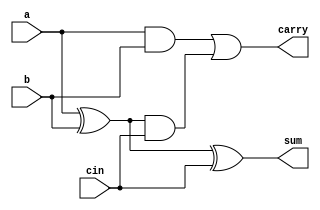
// Design a 8-bit ripple carry adder using two 4-bit ripple carry adders.

module full_adder(output sum, carry,
                  input a,b,cin);
wire pre_s, pre_c_0, pre_c_1;

xor (pre_s, a ,b);
and (pre_c_0, a, b);
xor (sum, pre_s, cin);
and (pre_c_1, pre_s, cin);
or (carry, pre_c_0, pre_c_1);
endmodule

module adder_4(output [3:0]sum,
               output carry,
               input [3:0] a,b,
               input cin);

wire [2:0] temp_carry;

full_adder f0(sum[0],temp_carry[0],a[0],b[0],cin);
full_adder f2(sum[1],temp_carry[1],a[1],b[1],temp_carry[0]);
full_adder f3(sum[2],temp_carry[2],a[2],b[2],temp_carry[1]);
full_adder f4(sum[3],carry,a[3],b[3],temp_carry[2]);
endmodule

module adder_8(output [7:0] sum,
               output carry,
               input [7:0] a,b,
               input cin);

wire t_c;
adder_4 a0(sum[3:0],t_c, a[3:0], b[3:0],cin);
adder_4 a1(sum[7:4],carry, a[7:4], b[7:4],t_c);

endmodule